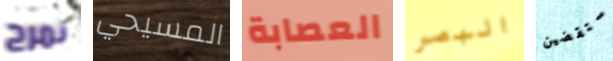
نمرح المسيحي العصابة البصر ستقضين